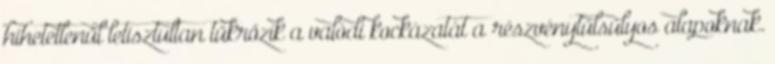
hihetetlenül letisztultan tükrözik a valódi kockázatát a részvénytúlsúlyos alapoknak.